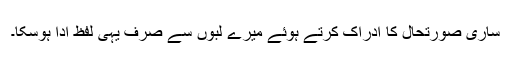
ساری صورتحال کا ادراک کرتے ہوئے میرے لبوں سے صرف یہی لفظ ادا ہوسکا۔